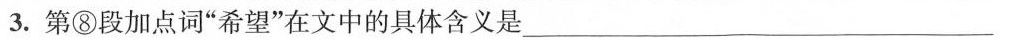
3.第⑧段加点同”希望”在文中的具体含义是_______________________________